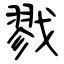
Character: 戮